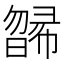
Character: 𣊸